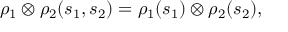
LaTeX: \rho _ { 1 } \otimes \rho _ { 2 } ( s _ { 1 } , s _ { 2 } ) = \rho _ { 1 } ( s _ { 1 } ) \otimes \rho _ { 2 } ( s _ { 2 } ) ,